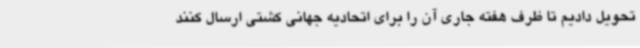
تحویل دادیم تا ظرف هفته جاری آن را برای اتحادیه جهانی کشتی ارسال کنند